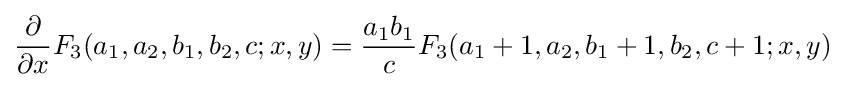
{\frac {\partial }{\partial x}}F_{3}(a_{1},a_{2},b_{1},b_{2},c;x,y)={\frac {a_{1}b_{1}}{c}}F_{3}(a_{1}+1,a_{2},b_{1}+1,b_{2},c+1;x,y)